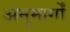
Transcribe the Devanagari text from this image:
अनुमार्गों